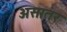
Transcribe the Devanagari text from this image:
असातर